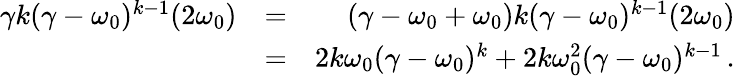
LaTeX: \begin{array}{rlr}{\gamma k(\gamma-\omega_{0})^{k-1}(2\omega_{0})}&{=}&{(\gamma-\omega_{0}+\omega_{0})k(\gamma-\omega_{0})^{k-1}(2\omega_{0})}\\ &{=}&{2k\omega_{0}(\gamma-\omega_{0})^{k}+2k\omega_{0}^{2}(\gamma-\omega_{0})^{k-1}\, .}\end{array}